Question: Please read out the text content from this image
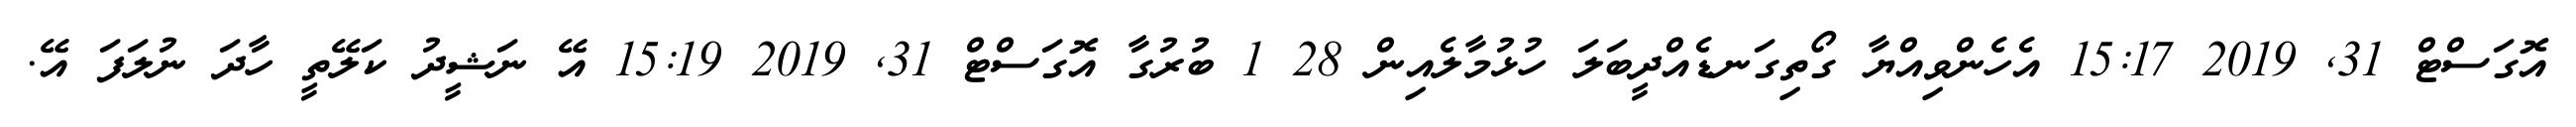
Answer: އޮގަސްޓް 31, 2019 15:17 އެހެންވިއްޔާ ގޯތިގަނޑެއްދީބަލަ ހުޅުމާލެއިން 28 1 ބުރުގާ އޮގަސްޓް 31, 2019 15:19 އޭ ނަޝީދު ކަލޭތީ ހާދަ ނުލަފަ އޭ.